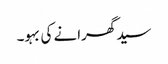
سید گھرانے کی بہو۔